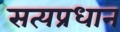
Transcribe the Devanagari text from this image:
सत्यप्रधान